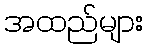
အထည်များ